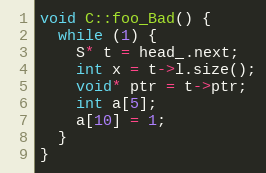
Language: C++
void C::foo_Bad() {
  while (1) {
    S* t = head_.next;
    int x = t->l.size();
    void* ptr = t->ptr;
    int a[5];
    a[10] = 1;
  }
}